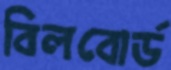
বিলবোর্ড